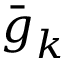
\Bar { \b { g } } _ { k }